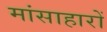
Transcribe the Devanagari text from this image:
मांसाहारों